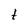
Character: t